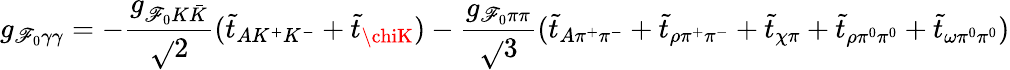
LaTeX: g_{\mathscr{F}_{0}\gamma\gamma}=-\frac{{g_{\mathscr{F}_{0}K\bar{{K}}}}}{{\sqrt{}{{2}}}}(\tilde{{t}}_{AK^{+}K^{-}}+\tilde{{t}}_{\chiK})-\frac{{g_{\mathscr{F}_{0}\pi\pi}}}{{\sqrt{}{{3}}}}(\tilde{{t}}_{A\pi^{+}\pi^{-}}+\tilde{{t}}_{\rho\pi^{+}\pi^{-}}+\tilde{{t}}_{\chi\pi}+\tilde{{t}}_{\rho\pi^{0}\pi^{0}}+\tilde{{t}}_{\omega\pi^{0}\pi^{0}})